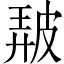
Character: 𤿰